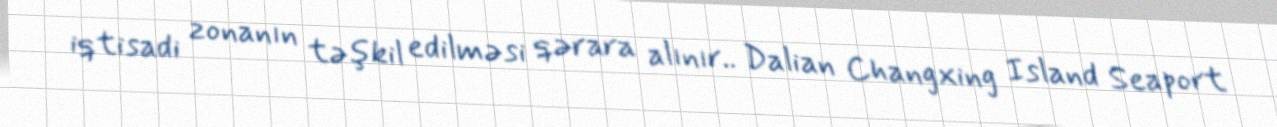
iqtisadi zonanın təşkil edilməsi qərara alınır.. Dalian Changxing Island Seaport